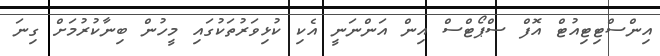
އިންސްޓިޓިއުޓް އޮފް ސްޕޯޓްސް އިން އަންނަނީ އެކި ކުޅިވަރުތަކުގައި މީހުން ބިނާކުރުމަށް ގިނަ